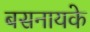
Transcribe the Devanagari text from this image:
बसनायके